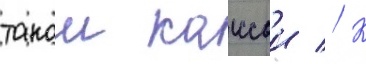
такои кассои // К